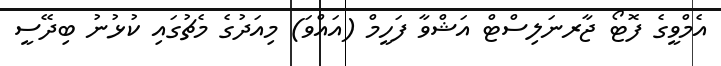
އެމްވީގެ ފޮޓޯ ޖާރނަލިސްޓް އަޝްވާ ފަހީމް (އައްވަ) މިއަދުގެ މެޗުގައި ކުޅުނު ބިދޭސީ